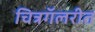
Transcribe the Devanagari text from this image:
चित्रगॅलरीत